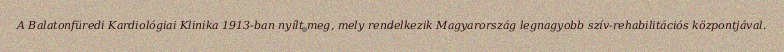
A Balatonfüredi Kardiológiai Klinika 1913-ban nyílt meg, mely rendelkezik Magyarország legnagyobb szív-rehabilitációs központjával.